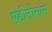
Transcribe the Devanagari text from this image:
एडीनोमास